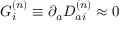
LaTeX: { \cal G } _ { i } ^ { ( n ) } \equiv \partial _ { a } D _ { a i } ^ { ( n ) } \approx 0